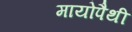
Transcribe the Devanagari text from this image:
मायोपैथी